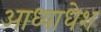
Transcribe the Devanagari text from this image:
आध्याधेश